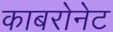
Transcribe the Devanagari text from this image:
काबरोनेट